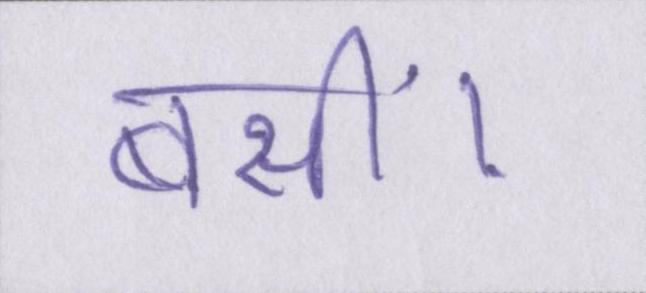
बसीं।